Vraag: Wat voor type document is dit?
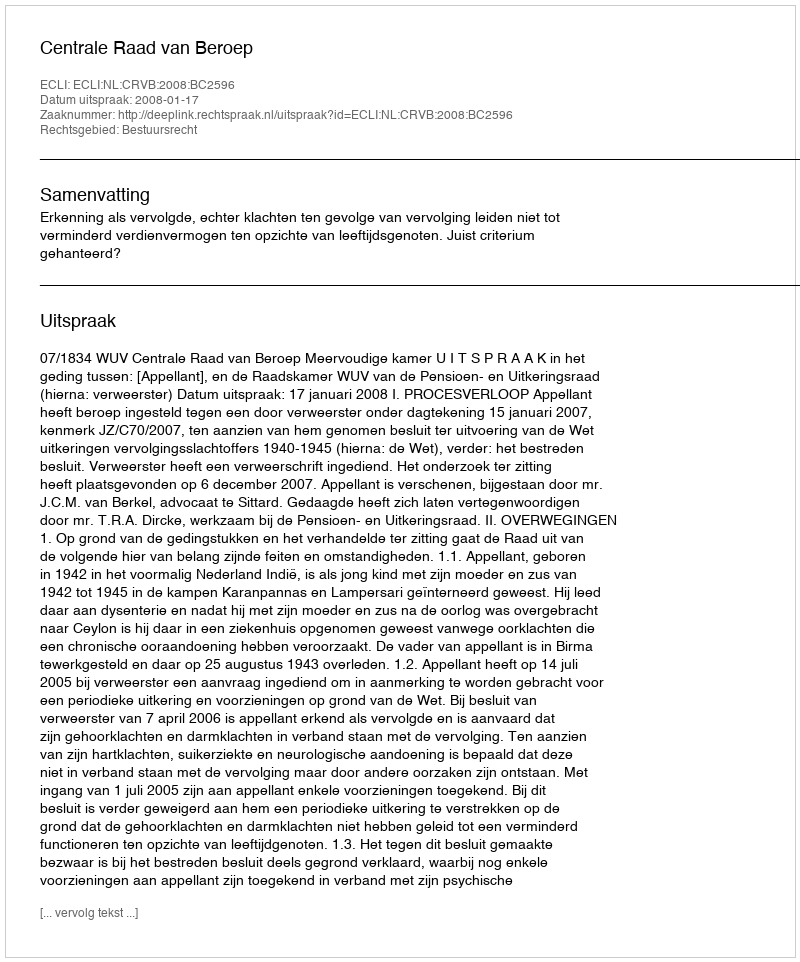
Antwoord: Uitspraak